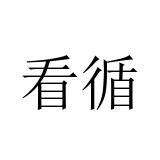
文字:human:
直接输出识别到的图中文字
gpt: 看循